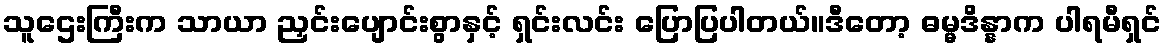
သူဌေးကြီးက သာယာ ညှင်းပျောင်းစွာနှင့် ရှင်းလင်း ပြောပြပါတယ်။ဒီတော့ ဓမ္မဒိန္နာက ပါရမီရှင်